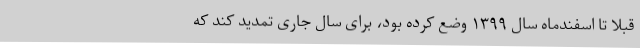
قبلا تا اسفندماه سال ۱۳۹۹ وضع کرده بود، برای سال جاری تمدید کند که